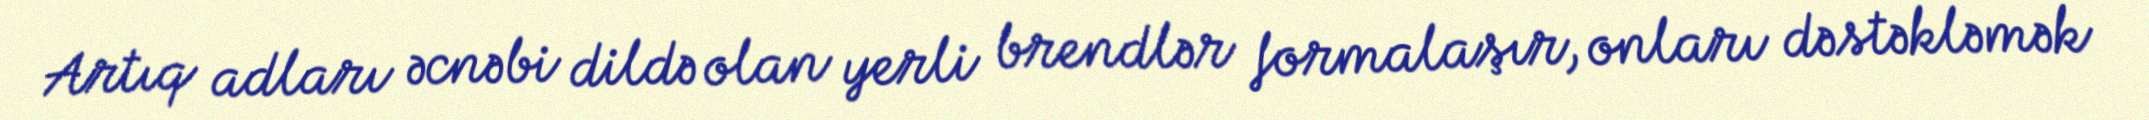
Artıq adları əcnəbi dildə olan yerli brendlər formalaşır, onları dəstəkləmək